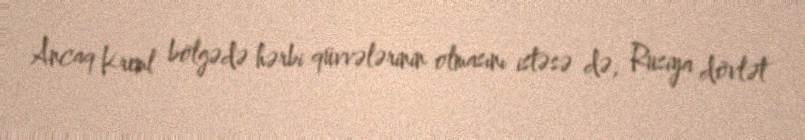
Ancaq Kreml bölgədə hərbi qüvvələrinin olmasını istəsə də, Rusiya dövlət